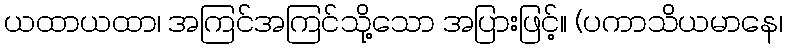
ယထာယထာ၊ အကြင်အကြင်သို့သော အပြားဖြင့်။ (ပကာသိယမာနေ၊